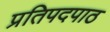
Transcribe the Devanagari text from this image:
प्रतिपदपाठ